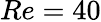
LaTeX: Re=40